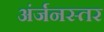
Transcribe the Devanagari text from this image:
अंर्जनस्तर